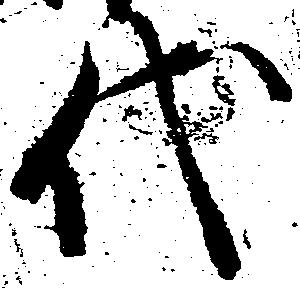
代